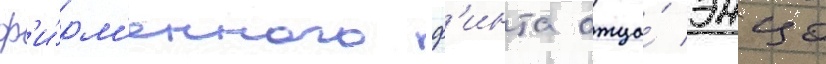
ф'и́рм'енного ф'инта отца́ энцо